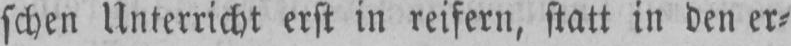
schen Unterricht erst in reifern, statt in den er⸗